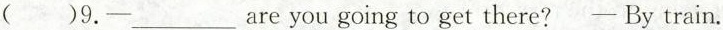
( )9.—___are you going to get there? —By train.